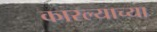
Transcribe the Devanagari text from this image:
कारल्याच्या